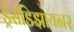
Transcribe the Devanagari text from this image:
ड्रेसडिझायनर